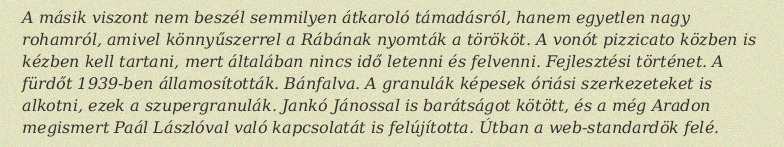
A másik viszont nem beszél semmilyen átkaroló támadásról, hanem egyetlen nagy rohamról, amivel könnyűszerrel a Rábának nyomták a törököt. A vonót pizzicato közben is kézben kell tartani, mert általában nincs idő letenni és felvenni. Fejlesztési történet. A fürdőt 1939-ben államosították. Bánfalva. A granulák képesek óriási szerkezeteket is alkotni, ezek a szupergranulák. Jankó Jánossal is barátságot kötött, és a még Aradon megismert Paál Lászlóval való kapcsolatát is felújította. Útban a web-standardök felé.